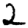
Digit: 2